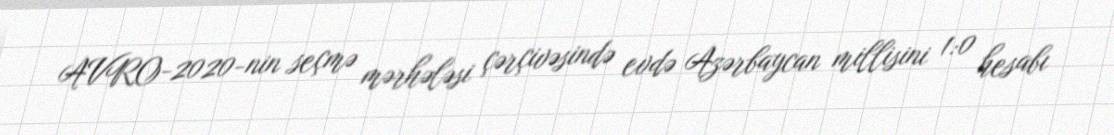
AVRO-2020-nin seçmə mərhələsi çərçivəsində evdə Azərbaycan millisini 1:0 hesabı